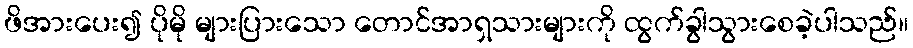
ဖိအားပေး၍ ပိုမို များပြားသော တောင်အာရှသားများကို ထွက်ခွါသွားစေခဲ့ပါသည်။